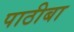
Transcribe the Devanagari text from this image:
पाठीबा